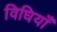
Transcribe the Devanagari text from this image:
विधियाँं